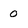
Character: 0